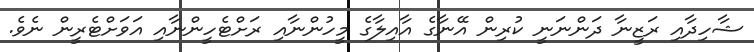
ޝާހިދާއި ރަޒީނާ ދަންނަނީ ކުރިން އޭނާގެ އާއިލާގެ މީހުންނާއި ރަށްޓެހީންނާއި އަވަށްޓެރީން ނެވެ.